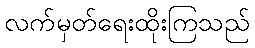
လက်မှတ်ရေးထိုးကြသည်